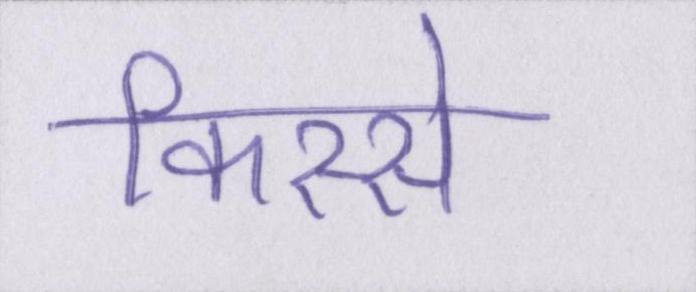
किस्से